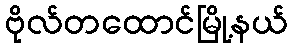
ဗိုလ်တထောင်မြို့နယ်